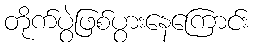
တိုက်ပွဲဖြစ်ပွားနေကြောင်း